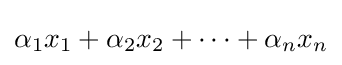
\alpha _{1}x_{1}+\alpha _{2}x_{2}+\cdots +\alpha _{n}x_{n}